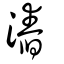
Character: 𣻛